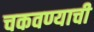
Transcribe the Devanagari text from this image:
चकवण्याची